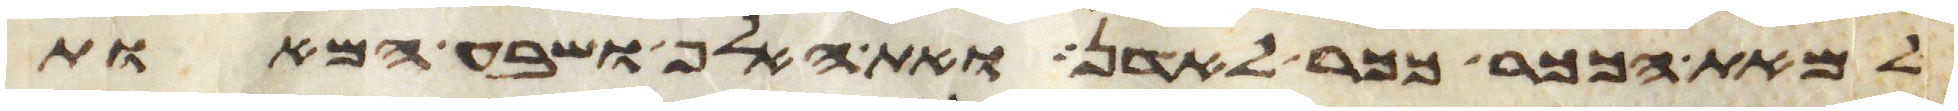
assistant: למאת הככר ככר לאדן ואת האלף ושבע המאות